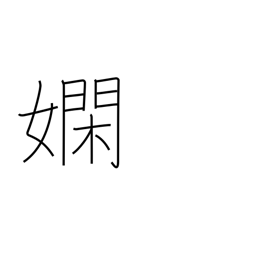
Meaning: skillful